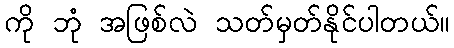
ကို ဘုံ အဖြစ်လဲ သတ်မှတ်နိုင်ပါတယ်။